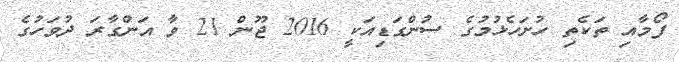
ފޯމާއި ތަކެތި ހުށަހެޅުމުގެ ސުންގަޑިއަކީ 2016 ޖޫން 21 ވާ އަންގާރަ ދުވަހުގެ